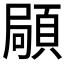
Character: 𩓛